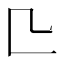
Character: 𠤬